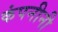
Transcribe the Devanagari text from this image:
कंपनीनी